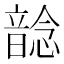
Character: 𩐭